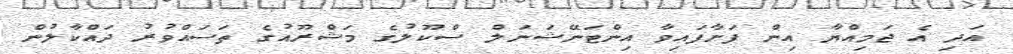
އަދި އެ ޖަމިއްޔާ އިން ފަށާފައިވާ އިންޓަނޭޝަނަލް ސްކޫލުގެ މަޝްރޫއުގެ ތަސައްވުރު ދައްކާލުން